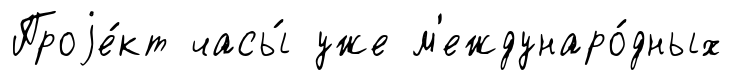
Проjе́кт часы́ уже м'еждунаро́дных